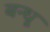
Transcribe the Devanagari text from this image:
बन्धू